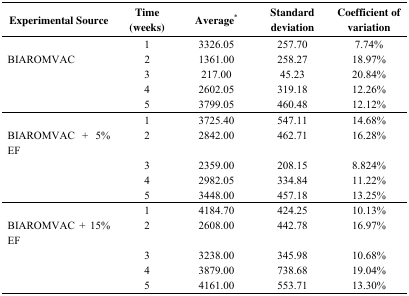
| Experimental Source | Time (weeks) | Average* | Standard deviation | Coefficient of variation |
 | --- | --- | --- | --- | --- |
 |  | 1 | 3326.05 | 257.70 | 7.74% |
 | BIAROMVAC | 2 | 1361.00 | 258.27 | 18.97% |
 |  | 3 | 217.00 | 45.23 | 20.84% |
 |  | 4 | 2602.05 | 319.18 | 12.26% |
 |  | 5 | 3799.05 | 460.48 | 12.12% |
 |  | 1 | 3725.40 | 547.11 | 14.68% |
 | BIAROMVAC + 5% EF | 2 | 2842.00 | 462.71 | 16.28% |
 |  | 3 | 2359.00 | 208.15 | 8.824% |
 |  | 4 | 2982.05 | 334.84 | 11.22% |
 |  | 5 | 3448.00 | 457.18 | 13.25% |
 |  | 1 | 4184.70 | 424.25 | 10.13% |
 | BIAROMVAC + 15% EF | 2 | 2608.00 | 442.78 | 16.97% |
 |  | 3 | 3238.00 | 345.98 | 10.68% |
 |  | 4 | 3879.00 | 738.68 | 19.04% |
 |  | 5 | 4161.00 | 553.71 | 13.30% |